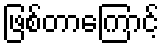
ဖြစ်တာကြောင့်